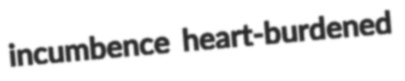
incumbence heart-burdened